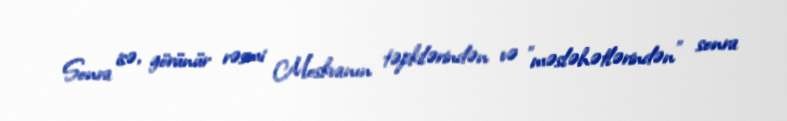
Sonra isə, görünür rəsmi Moskvanın təpkilərindən və ”məsləhətlərindən" sonra